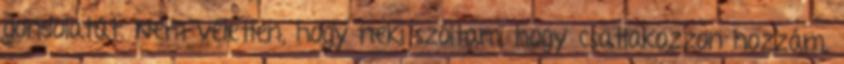
gondolatát. Nem véletlen, hogy neki szóltam, hogy csatlakozzon hozzám,